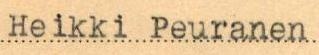
Heikki Peuranen